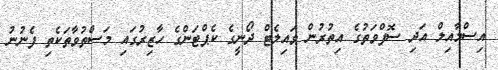
އިސްމާއިލް އަދި ސޮފްވަތުގެ އިތުރުން ވައިލެޓް ދޯނީގެ ކެޕްޓަންގެ ހާޒިރުގައި މަސްތުވާތަކެތި ފެނުނު